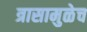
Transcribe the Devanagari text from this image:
त्रासामुळेच